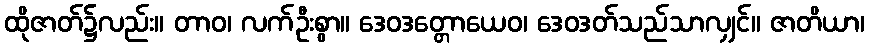
ထိုဇာတ်၌လည်း။ တာဝ၊ လက်ဦးစွာ။ ဒေဝဒတ္တောယေဝ၊ ဒေဝဒတ်သည်သာလျှင်။ ဇာတိယာ၊